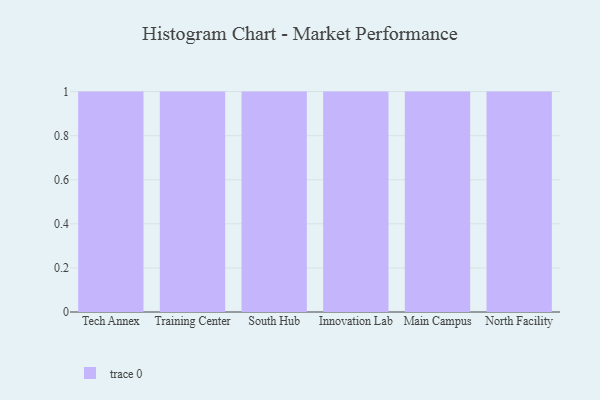
{"axis": {"x": "Campus", "y": "Bounce Rate (%)"}, "legend": [""], "data": [{"x": "Tech Annex", "y": 26, "type": ""}, {"x": "Training Center", "y": 13, "type": ""}, {"x": "South Hub", "y": 12, "type": ""}, {"x": "Innovation Lab", "y": 12, "type": ""}, {"x": "Main Campus", "y": 13, "type": ""}, {"x": "North Facility", "y": 86, "type": ""}]}